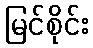
မြင်စိုင်း